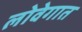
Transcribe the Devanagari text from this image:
लोवेगात